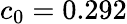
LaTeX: c_{0}=0.292